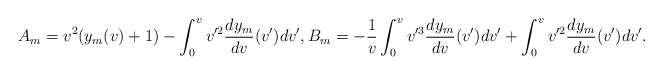
\begin{align*} A_m=v^2(y_m(v)+1)-\int_0^vv'^2\frac{dy_m}{dv}(v')dv',B_m=-\frac{1}{v}\int_0^vv'^3\frac{dy_m}{dv}(v')dv'+\int_0^vv'^2\frac{dy_m}{dv}(v')dv'.\end{align*}